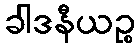
ခါဒနီယဉ္စ